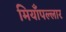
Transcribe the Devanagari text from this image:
मियाँपल्लार